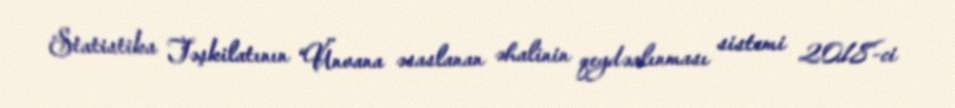
Statistika Təşkilatının “Ünvana əsaslanan əhalinin qeydəalınması sistemi 2018-ci